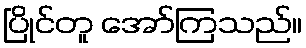
ပြိုင်တူ အော်ကြသည်။